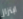
ابتزاز